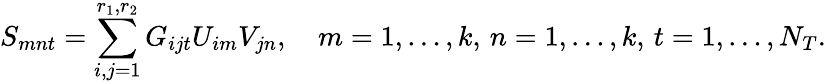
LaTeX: S_{mnt}=\sum_{i,j=1}^{r_{1},r_{2}}G_{ijt}U_{im}V_{jn},\quad m=1,\ldots,k,\, n=1,\ldots,k,\, t=1,\ldots,N_{T}.